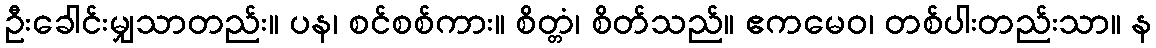
ဦးခေါင်းမျှသာတည်း။ ပန၊ စင်စစ်ကား။ စိတ္တံ၊ စိတ်သည်။ ဧကမေဝ၊ တစ်ပါးတည်းသာ။ န